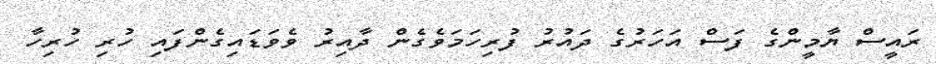
ރައީސް ޔާމީންގެ ފަސް އަހަރުގެ ދައުރު ފުރިހަމަވެގެން ދާއިރު ވެވަޑައިގެންފައި ހުރި ހުރިހާ